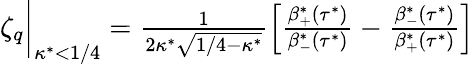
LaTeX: \begin{array}{r}{\zeta_{q}\biggr\rvert_{\kappa^{*}<1/4}=\frac{1}{2\kappa^{*}\sqrt{1/4-\kappa^{*}}}\left[\frac{\beta_{+}^{*}\left(\tau^{*}\right)}{\beta_{-}^{*}\left(\tau^{*}\right)}-\frac{\beta_{-}^{*}\left(\tau^{*}\right)}{\beta_{+}^{*}\left(\tau^{*}\right)}\right]}\end{array}